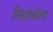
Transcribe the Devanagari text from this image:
निस्तेजीला